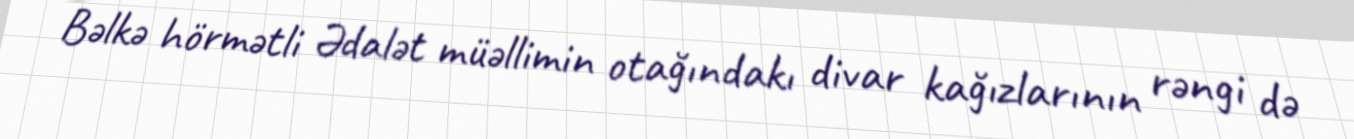
Bəlkə hörmətli Ədalət müəllimin otağındakı divar kağızlarının rəngi də